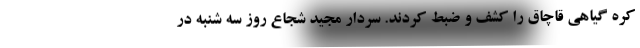
کره گیاهی قاچاق را کشف و ضبط کردند. سردار مجید شجاع روز سه شنبه در